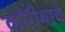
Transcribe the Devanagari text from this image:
कोरीयाचे